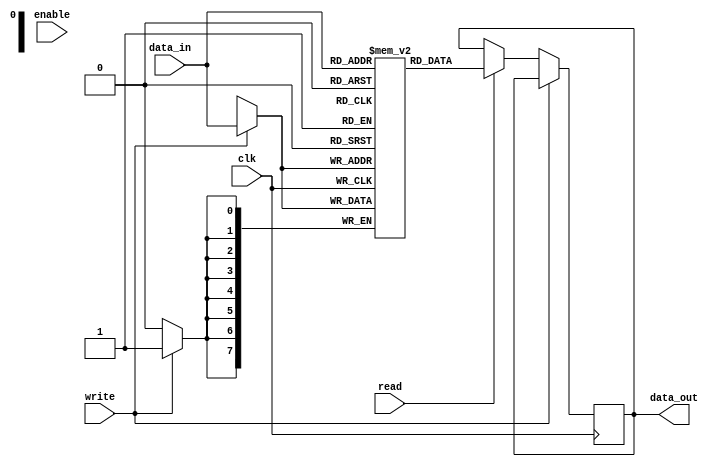
module memory_block (
    input wire clk,              // Un-gated clock input
    input wire enable,           // Enable signal from clock gating logic
    input wire [7:0] data_in,    // Data input
    output reg [7:0] data_out,    // Data output
    input wire read,             // Read request
    input wire write             // Write request
);

    reg [7:0] memory [0:255];    // Memory storage (256 x 8-bit)

    always @(posedge clk) begin
        if (write) begin
            memory[data_in[7:0]] <= data_in; // Write operation
        end else if (read) begin
            data_out <= memory[data_in[7:0]]; // Read operation
        end
    end

endmodule